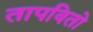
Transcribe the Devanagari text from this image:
तापवितो